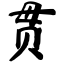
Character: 贯